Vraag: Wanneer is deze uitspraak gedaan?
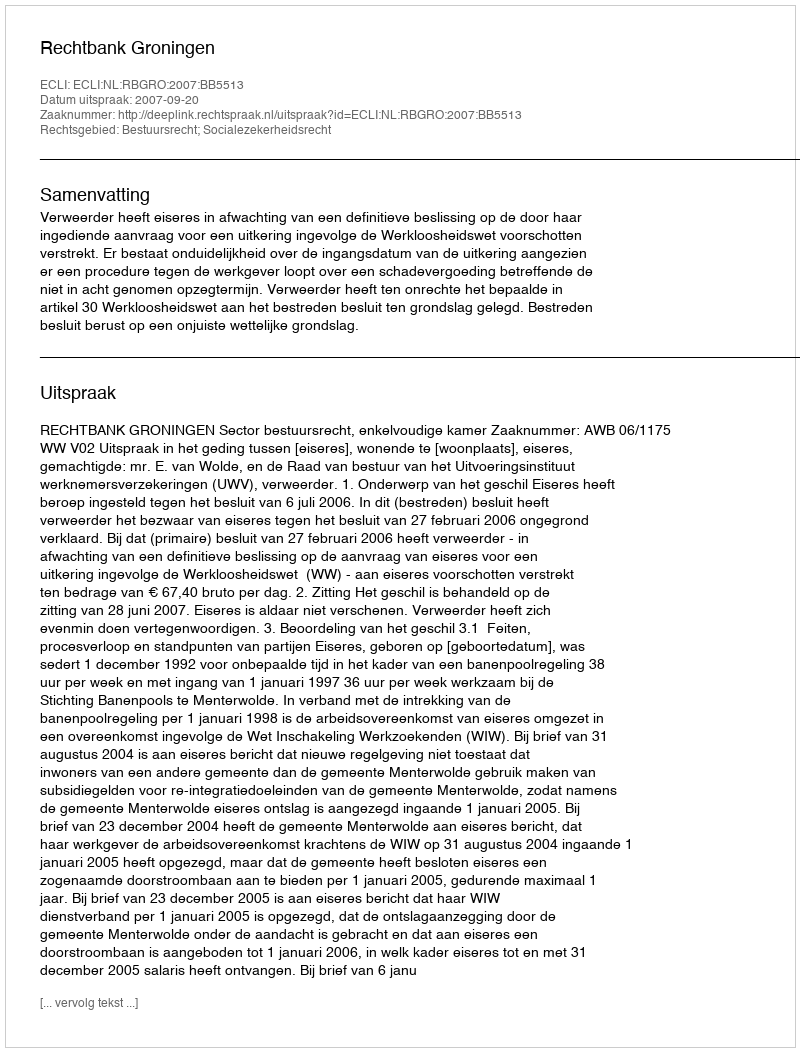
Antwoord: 2007-09-20